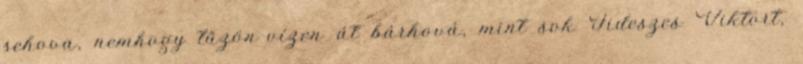
sehova, nemhogy tűzön-vízen át bárhová, mint sok Fideszes Viktort,